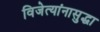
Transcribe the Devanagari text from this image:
विजेत्यांनासुद्धा